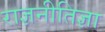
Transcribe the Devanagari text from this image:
राज्ञनीतिज्ञा